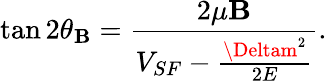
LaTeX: \tan2\theta_{\mathbf{B}}=\frac{{2\mu\mathbf{B}}}{{V_{SF}-\frac{{\Deltam^{2}}}{{2E}}}}.